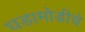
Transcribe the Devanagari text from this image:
घडामोडीचे